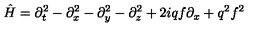
{ \hat { H } } = \partial _ { t } ^ { 2 } - \partial _ { x } ^ { 2 } - \partial _ { y } ^ { 2 } - \partial _ { z } ^ { 2 } + 2 i q f \partial _ { x } + q ^ { 2 } f ^ { 2 }